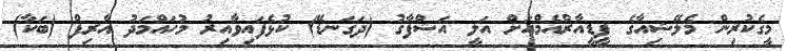
މީގެކުރިން މެލޭޝިއާގެ ޕީޑީއާރްއެމްއަށް އަލީ އަޝްފާގު (ދަގަނޑޭ) ކުޅެފައިވާއިރު މުހައްމަދު އާރިފް (ބަކާ)